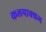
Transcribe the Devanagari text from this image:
कलपाक्कम